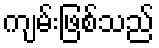
ကျမ်းဖြစ်သည်